Annual administration report of the Civil Veterinary Department of India - 1899-1900
Year: 1899
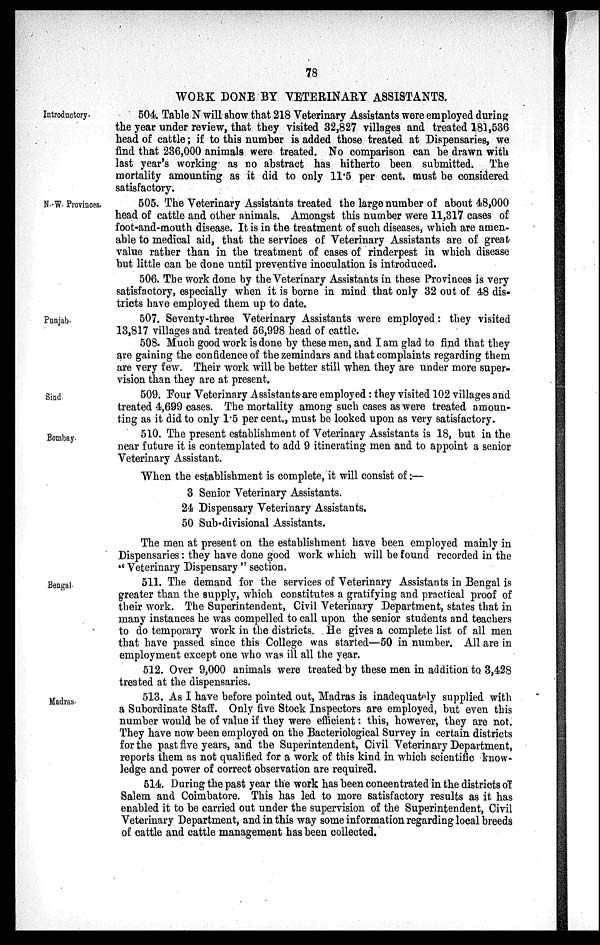
78
WORK DONE BY VETERINARY ASSISTANTS.
Introductory.
504. Table N will show that 218 Veterinary Assistants were employed during
the year under review, that they visited 32,827 villages and treated 181,536
head of cattle; if to this number is added those treated at Dispensaries, we
find that 236,000 animals were treated. No comparison can be drawn with
last year's working as no abstract has hitherto been submitted. The
mortality amounting as it did to only 11.5 per cent. must be considered
satisfactory.
N.-W. Provinces,
505. The Veterinary Assistants treated the large number of about 48,000
head of cattle and other animals. Amongst this number were 11,317 cases of
foot-and-mouth disease. It is in the treatment of such diseases, which are amen-
able to medical aid, that the services of Veterinary Assistants are of great
value rather than in the treatment of cases of rinderpest in which disease
but little can be done until preventive inoculation is introduced.
506. The work done by the Veterinary Assistants in these Provinces is very
satisfactory, especially when it is borne in mind that only 32 out of 48 dis-
tricts have employed them up to date.
Punjab.
507. Seventy-three Veterinary Assistants were employed: they visited
13,817 villages and treated 56,998 head of cattle.
508. Much good work is done by these men, and I am glad to find that they
are gaining the confidence of the zemindars and that complaints regarding them
are very few. Their work will be better still when they are under more super-
vision than they are at present.
Sind.
509. Four Veterinary Assistants are employed: they visited 102 villages and
treated 4,699 cases. The mortality among such cases as were treated amoun-
ting as it did to only 1.5 per cent., must be looked upon as very satisfactory.
Bombay.
510. The present establishment of Veterinary Assistants is 18, but in the
near future it is contemplated to add 9 itinerating men and to appoint a senior
Veterinary Assistant.
When the establishment is complete, it will consist of:—
3 Senior Veterinary Assistants.
24 Dispensary Veterinary Assistants.
50 Sub-divisional Assistants.
The men at present on the establishment have been employed mainly in
Dispensaries: they have done good work which will be found recorded in the
"Veterinary Dispensary " section.
Bengal.
511. The demand for the services of Veterinary Assistants in Bengal is
greater than the supply, which constitutes a gratifying and practical proof of
their work. The Superintendent, Civil Veterinary Department, states that in
many instances he was compelled to call upon the senior students and teachers
to do temporary work in the districts. He gives a complete list of all men
that have passed since this College was started—50 in number. All are in
employment except one who was ill all the year.
512. Over 9,000 animals were treated by these men in addition to 3,428
treated at the dispensaries.
Madras.
513. As I have before pointed out, Madras is inadequately supplied with
a Subordinate Staff. Only five Stock Inspectors are employed, but even this
number would be of value if they were efficient: this, however, they are not.
They have now been employed on the Bacteriological Survey in certain districts
for the past five years, and the Superintendent, Civil Veterinary Department,
reports them as not qualified for a work of this kind in which scientific know-
ledge and power of correct observation are required.
514. During the past year the work has been concentrated in the districts of
Salem and Coimbatore. This has led to more satisfactory results as it has
enabled it to be carried out under the supervision of the Superintendent, Civil
Veterinary Department, and in this way some information regarding local breeds
of cattle and cattle management has been collected.